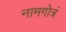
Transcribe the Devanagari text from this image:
नामगोत्रं